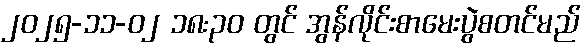
၂၀၂၅-၁၁-၀၂ ၁၈:၃၀ တွင် အွန်လိုင်းစာမေးပွဲစတင်မည်